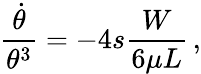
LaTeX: \frac{\dot{\theta}}{\theta^{3}}=-4s\frac{W}{6\mu L}\, ,